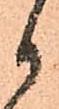
御